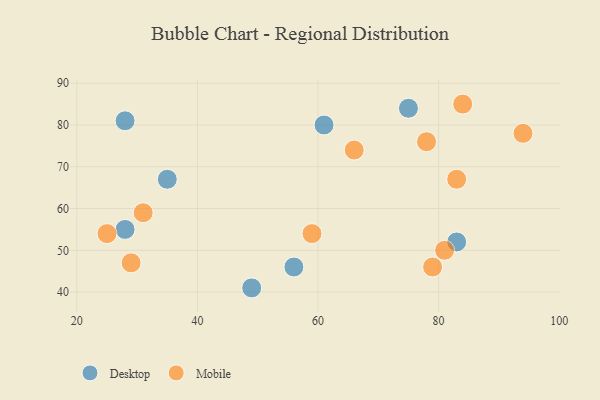
{"axis": {"x": "GDP", "y": "Life Expectancy"}, "legend": ["Desktop", "Mobile"], "data": [{"x": "56", "y": 46, "type": "Desktop"}, {"x": "49", "y": 41, "type": "Desktop"}, {"x": "83", "y": 52, "type": "Desktop"}, {"x": "35", "y": 67, "type": "Desktop"}, {"x": "28", "y": 55, "type": "Desktop"}, {"x": "61", "y": 80, "type": "Desktop"}, {"x": "28", "y": 81, "type": "Desktop"}, {"x": "75", "y": 84, "type": "Desktop"}, {"x": "84", "y": 85, "type": "Mobile"}, {"x": "59", "y": 54, "type": "Mobile"}, {"x": "79", "y": 46, "type": "Mobile"}, {"x": "81", "y": 50, "type": "Mobile"}, {"x": "83", "y": 67, "type": "Mobile"}, {"x": "66", "y": 74, "type": "Mobile"}, {"x": "25", "y": 54, "type": "Mobile"}, {"x": "78", "y": 76, "type": "Mobile"}, {"x": "29", "y": 47, "type": "Mobile"}, {"x": "31", "y": 59, "type": "Mobile"}, {"x": "94", "y": 78, "type": "Mobile"}]}